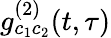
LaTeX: g_{c_{1}c_{2}}^{(2)}(t,\tau)